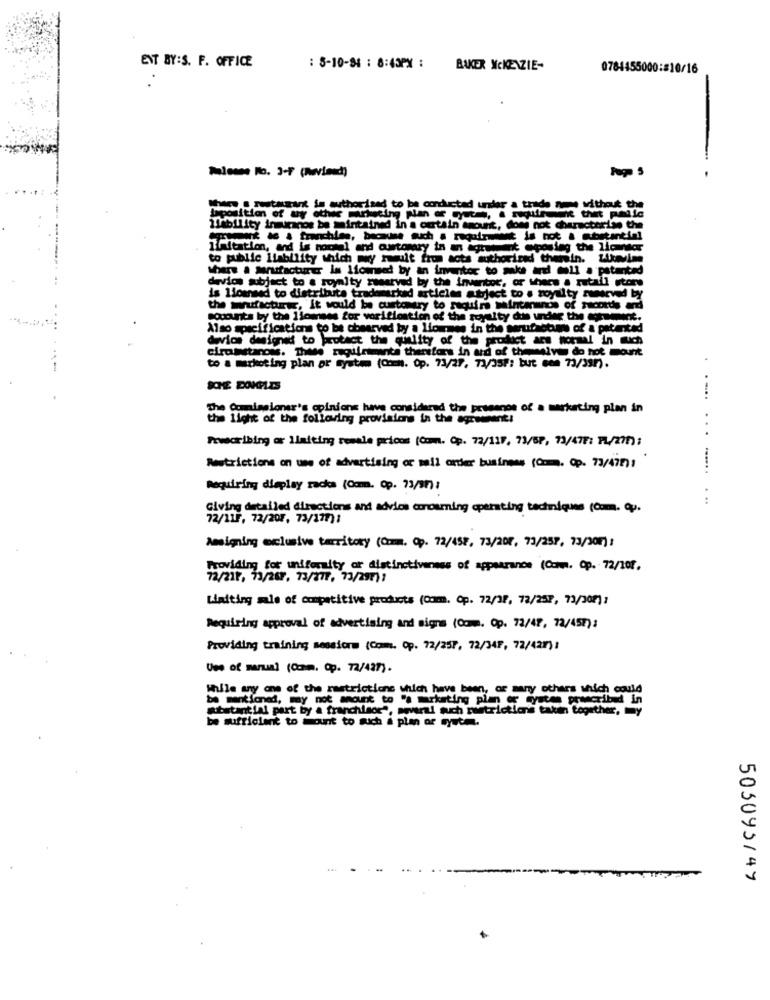
ENT BY:S. F. OFFICE
: 5-10-91 : 8:45PX :
BAKER MCKENZIE-
07
1455000:#10/16
Faitesant is authorised to be conducted under a trade ame without the
Mlability inmuranos be maintained in a certain amount, does not characterise the
bank as & franchien, because such a requirement is not a substantial
limitation, and is nowel and owtomary in an agreement exposing the licantor
to public Ilability which may result from acts authorized thein. Levine
Share . perufacturer im licensed by an inventor to make art dell . patented
devics subject to a royalty reserved by the inventor, or thecw a retail store
is licensed to distribuita trademarkad articles atrject to s royalty served by
the wrufschwer, it would be customtry to require maintenance of records and
socounts by the llomnses for vorification of the royalty dus under the agreement.
Also specifications to be observed by a Liourmes in the serufrotamos of a patented
device designed to protect the quality of the product ars normal in much
circumstances. These ruguirimante thersfors in ard of themselves do hot mount
to a marketing plan or system (Com. Op. 73/27, 72/357: but con 73/337).
.... .
The Comissioner's opinions have considered the presence of a marketing plan in
the light of the following provisions in the agreement:
Freoribing or limiting resale pricos (Com. Op. 72/115, 73/69, 73/477: FL/211) ;
...
Restrictions on use of advertising or mail order business (Com, Op. 73/475)1
Requiring display racks (Com. Op. 73/97):
...... . ..
Giving detailed directions and advice conoamning operating techniques (Com. p.
72/11F, 72/20F. 73/177)1
Amigning exclusive territory (Com. Op. 72/457, 73/207, 73/257, 73/307) :
Providing for uniformity or distinctiveness of appearance (Comm. Op. 72/100.
72/217, 73/267. 73/277. 73/297)7
Limiting sale of competitive products (Com. Op. 72/37, 72/257, 73/307):
Requiring approval of advertising and signs (Com. Op. 73/47, 72/457) :
Providing training sessions (Com. Op. 72/257, 72/34F, 72/421) :
Use of marum] (Com, Op. 72/437) .
While any one of the restrictions which have been, or many others which could
be mentioned, may not mount to "a marketing plan or mystes prwcribed in
substantial part by a franchisor", several such rwstrictionis taken together, my
be sufficient to mount to such a plan or systm.
503093147